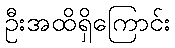
ဦးအထိရှိကြောင်း